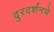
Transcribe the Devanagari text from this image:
दुरदर्शनचे